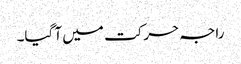
راجہ حرکت میں آ گیا۔